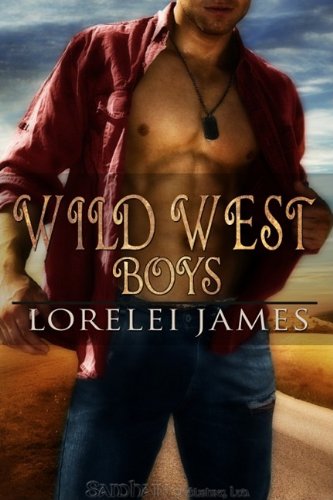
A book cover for Wild West Boys; Lorelei James; Romance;